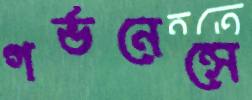
গর্ভনেন্সে